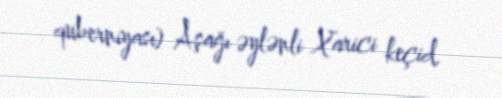
quberniyası) Aşağı əylənli Xarici keçid.